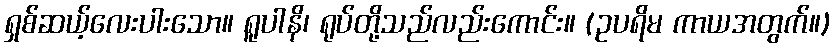
ရှစ်ဆယ့်လေးပါးသော။ ရူပါနိ၊ ရုပ်တို့သည်လည်းကောင်း။ (ဥပရိမ ကာယအတွက်။)